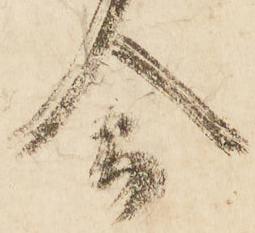
合